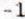
-1